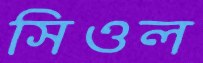
সিওল